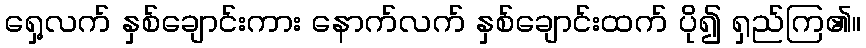
ရှေ့လက် နှစ်ချောင်းကား နောက်လက် နှစ်ချောင်းထက် ပို၍ ရှည်ကြ၏။